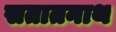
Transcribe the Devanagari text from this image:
सतातनाथ